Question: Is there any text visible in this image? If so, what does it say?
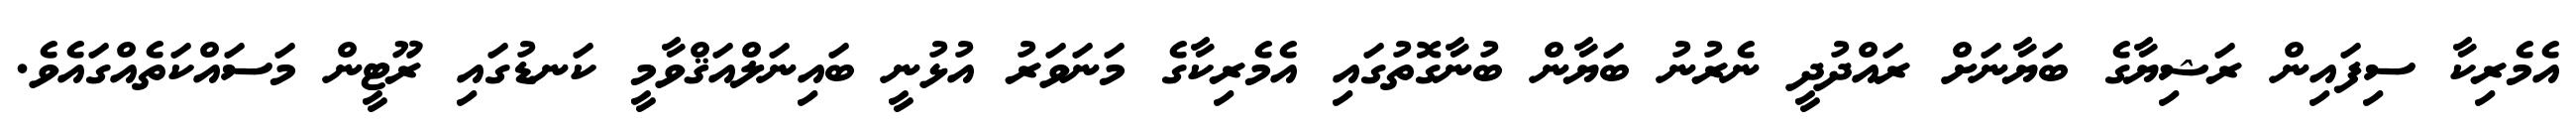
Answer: އެމެރިކާ ސިފައިން ރަޝިޔާގެ ބަޔާނަށް ރައްދުދީ ނެރުނު ބަޔާން ބުނާގޮތުގައި އެމެރިކާގެ މަނަވަރު އުޅުނީ ބައިނަލްއަޤްވާމީ ކަނޑުގައި ރޫޓީން މަސައްކަތެއްގައެވެ.